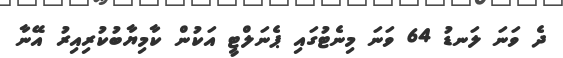
ދެ ވަނަ ލަނޑު 64 ވަނަ މިނެޓުގައި ޕެނަލްޓީ އަކުން ކާމިޔާބުކުރިއިރު އޭނާ